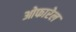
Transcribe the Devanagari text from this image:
ओफारेल